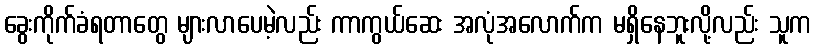
ခွေးကိုက်ခံရတာတွေ များလာပေမဲ့လည်း ကာကွယ်ဆေး အလုံအလောက်က မရှိနေဘူးလို့လည်း သူက